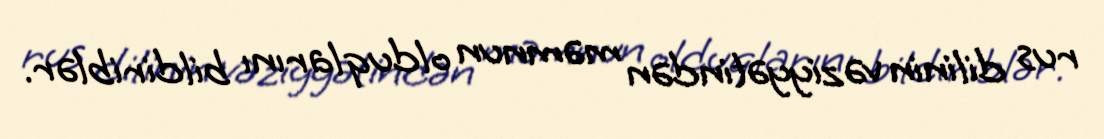
rus dilinin vəziyyətindən məmnun olduqlarını bildiriblər.